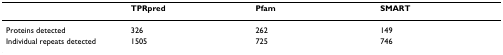
<table><thead><tr><td></td><td><b>TPRpred</b></td><td><b>Pfam</b></td><td><b>SMART</b></td></tr></thead><tbody><tr><td>Proteins detected</td><td>326</td><td>262</td><td>149</td></tr><tr><td>Individual repeats detected</td><td>1505</td><td>725</td><td>746</td></tr></tbody></table>